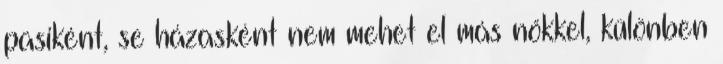
pasiként, se házasként nem mehet el más nőkkel, különben